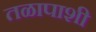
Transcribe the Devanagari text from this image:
तळापाशी